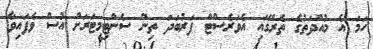
ހަމަ އެ މުއްދަތުގެ ތެރޭގައި އެވަރެސްޓް ފަރުބަދަ ތިން ސެންޓިމީޓަރަށް އުސް ވެފައިވާ